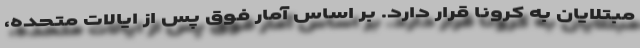
مبتلایان به کرونا قرار دارد. بر اساس آمار فوق پس از ایالات متحده،